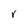
Character: r